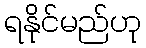
ရနိုင်မည်ဟု